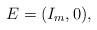
LaTeX: \begin{align*}E = (I_m, 0),\end{align*}